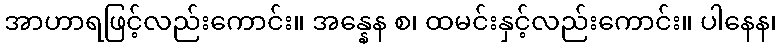
အာဟာရဖြင့်လည်းကောင်း။ အန္နေန စ၊ ထမင်းနှင့်လည်းကောင်း။ ပါနေန၊